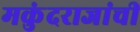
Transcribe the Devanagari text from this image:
मकुंदराजांची